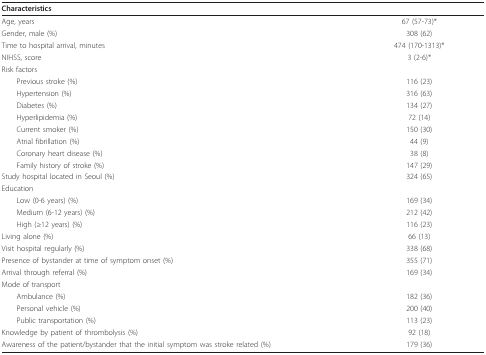
<table><thead><tr><td><b>Characteristics</b></td><td></td></tr></thead><tbody><tr><td>Age, years</td><td>67 (57-73)*</td></tr><tr><td>Gender, male (%)</td><td>308 (62)</td></tr><tr><td>Time to hospital arrival, minutes</td><td>474 (170-1313)*</td></tr><tr><td>NIHSS, score</td><td>3 (2-6)*</td></tr><tr><td>Risk factors</td><td></td></tr><tr><td> Previous stroke (%)</td><td>116 (23)</td></tr><tr><td> Hypertension (%)</td><td>316 (63)</td></tr><tr><td> Diabetes (%)</td><td>134 (27)</td></tr><tr><td> Hyperlipidemia (%)</td><td>72 (14)</td></tr><tr><td> Current smoker (%)</td><td>150 (30)</td></tr><tr><td> Atrial fibrillation (%)</td><td>44 (9)</td></tr><tr><td> Coronary heart disease (%)</td><td>38 (8)</td></tr><tr><td> Family history of stroke (%)</td><td>147 (29)</td></tr><tr><td>Study hospital located in Seoul (%)</td><td>324 (65)</td></tr><tr><td>Education</td><td></td></tr><tr><td> Low (0-6 years) (%)</td><td>169 (34)</td></tr><tr><td> Medium (6-12 years) (%)</td><td>212 (42)</td></tr><tr><td> High (≥12 years) (%)</td><td>116 (23)</td></tr><tr><td>Living alone (%)</td><td>66 (13)</td></tr><tr><td>Visit hospital regularly (%)</td><td>338 (68)</td></tr><tr><td>Presence of bystander at time of symptom onset (%)</td><td>355 (71)</td></tr><tr><td>Arrival through referral (%)</td><td>169 (34)</td></tr><tr><td>Mode of transport</td><td></td></tr><tr><td> Ambulance (%)</td><td>182 (36)</td></tr><tr><td> Personal vehicle (%)</td><td>200 (40)</td></tr><tr><td> Public transportation (%)</td><td>113 (23)</td></tr><tr><td>Knowledge by patient of thrombolysis (%)</td><td>92 (18)</td></tr><tr><td>Awareness of the patient/bystander that the initial symptom was stroke related (%)</td><td>179 (36)</td></tr></tbody></table>